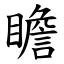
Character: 瞻